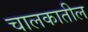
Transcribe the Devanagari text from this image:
चालकातील